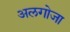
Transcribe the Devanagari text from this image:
अलगोजा